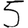
Digit: 5